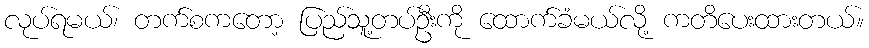
လုပ်ရမယ်၊ တက်စကတော့ ပြည်သူ့တပ်ဦးကို ထောက်ခံမယ်လို့ ကတိပေးထားတယ်။